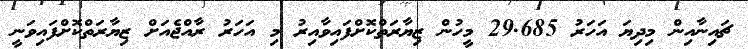
ޗައިނާއިން މިދިޔަ އަހަރު 29.685 މީހުން ޒިޔާރަތްކޮށްފައިވާއިރު މި އަހަރު ރާއްޖެއަށް ޒިޔާރަތްކޮށްފައިވަނީ